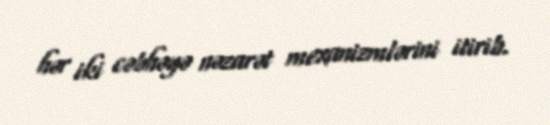
hər iki cəbhəyə nəzarət mexanizmlərini itirib.